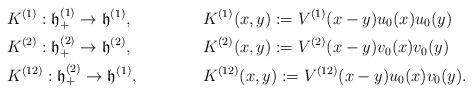
LaTeX: \begin{align*}&K^{(1)}:\mathfrak{h}^{(1)}_+\to\mathfrak{h}^{(1)}, &&K^{(1)}(x,y):=V^{(1)}(x-y)u_0(x)u_0(y)\\&K^{(2)}:\mathfrak{h}^{(2)}_+\to\mathfrak{h}^{(2)},\qquad &&K^{(2)}(x,y):=V^{(2)}(x-y)v_0(x)v_0(y)\\&K^{(12)}:\mathfrak{h}^{(2)}_+\to\mathfrak{h}^{(1)}, &&K^{(12)}(x,y):=V^{(12)}(x-y)u_0(x)v_0(y).\end{align*}